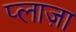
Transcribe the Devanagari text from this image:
प्‍लाज़ा